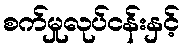
စက်မှုလုပ်ငန်းနှင့်